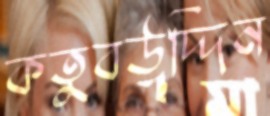
কতুবউদ্দিন